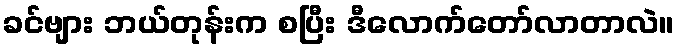
ခင်ဗျား ဘယ်တုန်းက စပြီး ဒီလောက်တော်လာတာလဲ။